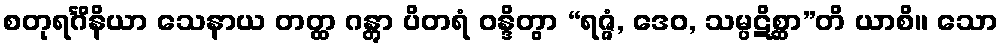
စတုရင်္ဂိနိယာ သေနာယ တတ္ထ ဂန္တွာ ပိတရံ ဝန္ဒိတွာ “ရဇ္ဇံ, ဒေဝ, သမ္ပဋိစ္ဆာ”တိ ယာစိ။ သော